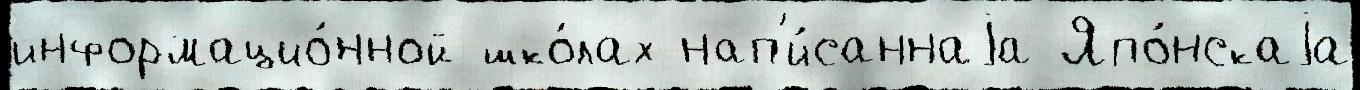
информацио́нной шко́лах нап'и́саннаjа Япо́нскаjа